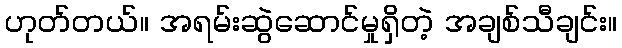
ဟုတ်တယ်။ အရမ်းဆွဲဆောင်မှုရှိတဲ့ အချစ်သီချင်း။